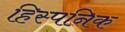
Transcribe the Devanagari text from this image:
हिस्पनिक